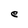
Character: e